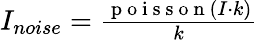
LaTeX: \begin{array}{r}{I_{noise}=\frac{\mathrm{~p~o~i~s~s~o~n~}(I\cdot k)}{k}}\end{array}